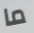
ما